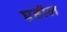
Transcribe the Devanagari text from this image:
एडील